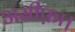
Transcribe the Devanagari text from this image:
असीफ़ा।